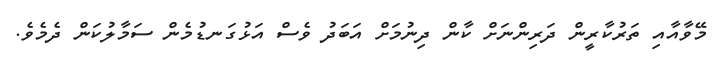
މޭވާއާއި ތަރުކާރީން ދަރިންނަށް ކާން ދިނުމަށް އަބަދު ވެސް އަޅުގަނޑުމެން ސަމާލުކަން ދެމެވެ.